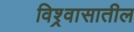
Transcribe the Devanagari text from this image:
विश्र्वासातील